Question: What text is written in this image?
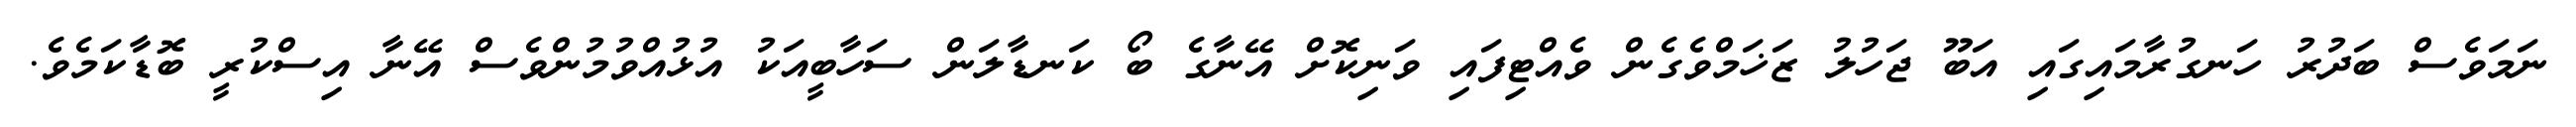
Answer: ނަމަވެސް ބަދުރު ހަނގުރާމައިގައި އަބޫ ޖަހުލު ޒަޚަމްވެގެން ވެއްޓިފައި ވަނިކޮށް އޭނާގެ ބޯ ކަނޑާލަން ސަހާބީއަކު އުޅުއްވުމުންވެސް އޭނާ އިސްކުރީ ބޮޑާކަމެވެ.